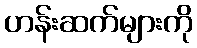
ဟန်းဆက်များကို